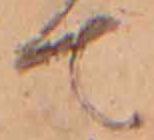
て